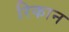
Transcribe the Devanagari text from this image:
रिकान